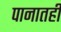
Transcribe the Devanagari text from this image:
पानातही